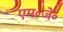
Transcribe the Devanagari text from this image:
एम॰जे॰